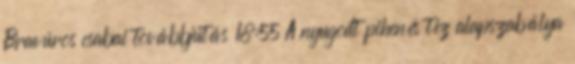
Bravúros csabai továbbjutás 18:55 A nyugodt pihenés tíz alapszabálya